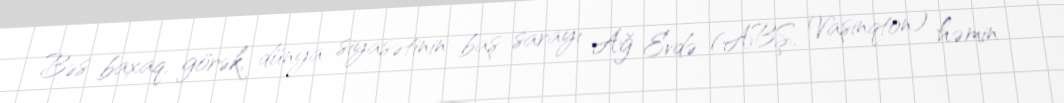
Bəs baxaq, görək, dünya siyasətinin baş sarayı Ağ Evdə (ABŞ, Vaşinqton) həmin